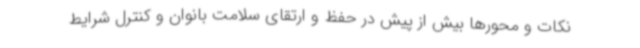
نکات و محورها بیش از پیش در حفظ و ارتقای سلامت بانوان و کنترل شرایط